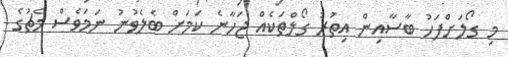
މި ގޯލަށްފަހު ބާސާއިން އިތުރު ގޯލްތަކެއް ޖަހާނެ ކަމަށް ބެލެވުނު ނަމަވެސް މެޗުގެ